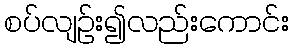
စပ်လျဉ်း၍လည်းကောင်း